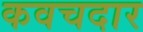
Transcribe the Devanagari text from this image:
कवचदार